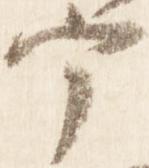
宰